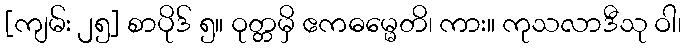
[ကျမ်း ၂၅] စာပိုဒ် ၅။ ဝုတ္တမှိ ဧကဓမ္မေတိ၊ ကား။ ကုသလာဒီသု ဝါ၊